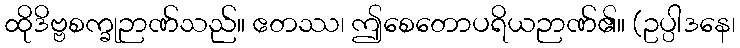
ထိုဒိဗ္ဗစက္ခုဉာဏ်သည်။ ဧတဿ၊ ဤစေတောပရိယဉာဏ်၏။ (ဥပ္ပါဒနေ၊